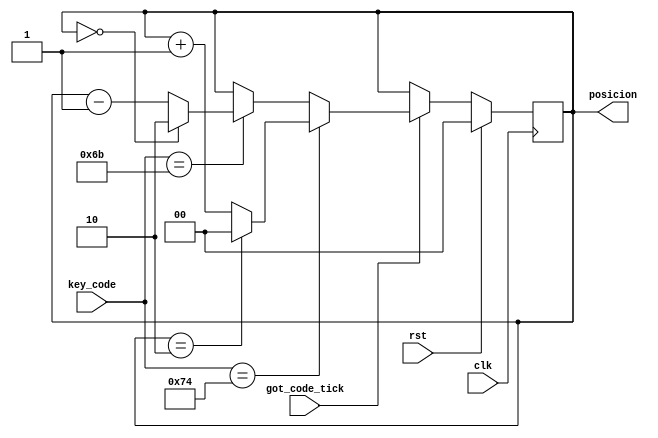
module Contador_Posicion(
	input clk, rst,
    input [N-1:0]key_code, // recibe el cdigo de la tecla presionada
	 input got_code_tick, // seal que indica el momento de captura del codigo de la tecla
	 output reg [P-1:0] posicion // --:--:--
    );
	 
	parameter N=8;
	parameter P=2;
   always @ (posedge clk)
	begin
		if (rst)
			posicion <=0;
		else if (got_code_tick==1'b1)
		begin
			if (key_code==8'h74) //tecla 6 (derecha)
			begin
				if (posicion==2'd2) 
					posicion <=0;
				else
					posicion <= posicion + 1'd1;
			end
			else if (key_code==8'h6B) //tecla 4 (izquierda)
			begin
				if(posicion==0)
					posicion <=2'd2;
				else
					posicion <= posicion - 1'd1;
			end 
			else 
				posicion <= posicion;
		end
		else 
				posicion <= posicion;
	end
	
endmodule